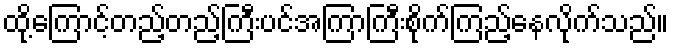
ထို့ကြောင့်တည့်တည့်ကြီးပင်အကြာကြီးစိုက်ကြည့်နေလိုက်သည်။